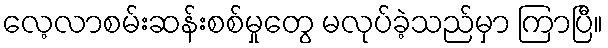
လေ့လာစမ်းဆန်းစစ်မှုတွေ မလုပ်ခဲ့သည်မှာ ကြာပြီ။